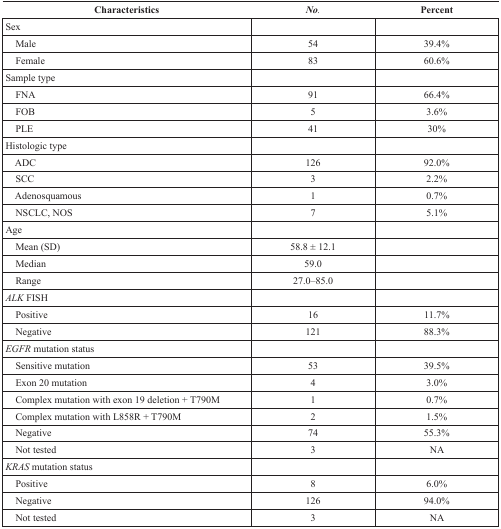
<table><thead><tr><td><b>Characteristics</b></td><td><b><i>No.</i></b></td><td><b>Percent</b></td></tr></thead><tbody><tr><td>Sex</td><td></td><td></td></tr><tr><td> Male</td><td>54</td><td>39.4%</td></tr><tr><td> Female</td><td>83</td><td>60.6%</td></tr><tr><td>Sample type</td><td></td><td></td></tr><tr><td> FNA</td><td>91</td><td>66.4%</td></tr><tr><td> FOB</td><td>5</td><td>3.6%</td></tr><tr><td> PLE</td><td>41</td><td>30%</td></tr><tr><td>Histologic type</td><td></td><td></td></tr><tr><td> ADC</td><td>126</td><td>92.0%</td></tr><tr><td> SCC</td><td>3</td><td>2.2%</td></tr><tr><td> Adenosquamous</td><td>1</td><td>0.7%</td></tr><tr><td> NSCLC, NOS</td><td>7</td><td>5.1%</td></tr><tr><td>Age</td><td></td><td></td></tr><tr><td> Mean (SD)</td><td>58.8 ± 12.1</td><td></td></tr><tr><td> Median</td><td>59.0</td><td></td></tr><tr><td> Range</td><td>27.0–85.0</td><td></td></tr><tr><td><i>ALK</i> FISH</td><td></td><td></td></tr><tr><td> Positive</td><td>16</td><td>11.7%</td></tr><tr><td> Negative</td><td>121</td><td>88.3%</td></tr><tr><td><i>EGFR</i> mutation status</td><td></td><td></td></tr><tr><td> Sensitive mutation</td><td>53</td><td>39.5%</td></tr><tr><td> Exon 20 mutation</td><td>4</td><td>3.0%</td></tr><tr><td> Complex mutation with exon 19 deletion + T790M</td><td>1</td><td>0.7%</td></tr><tr><td> Complex mutation with L858R + T790M</td><td>2</td><td>1.5%</td></tr><tr><td> Negative</td><td>74</td><td>55.3%</td></tr><tr><td> Not tested</td><td>3</td><td>NA</td></tr><tr><td><i>KRAS</i> mutation status</td><td></td><td></td></tr><tr><td> Positive</td><td>8</td><td>6.0%</td></tr><tr><td> Negative</td><td>126</td><td>94.0%</td></tr><tr><td> Not tested</td><td>3</td><td>NA</td></tr></tbody></table>